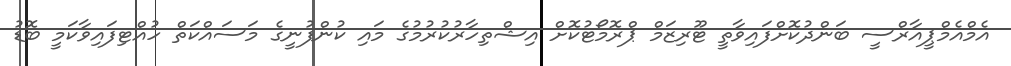
އެމްއެމްޕީއާރްސީ ބަންދުކޮށްފައިވާތީ ޓޫރިޒަމް ޕްރޮމޯޓުކޮށް އިޝްތިހާރުކުރުމުގެ މައި ކުންފުނީގެ މަސައްކަތް ހުއްޓިފައިވާކަމީ ބޮޑު